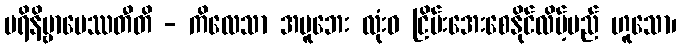
ပရိနိဗ္ဗာပေဿတီတိ - ကိလေသာ အပူဘေး လုံးဝ ငြိမ်းအေးစေနိုင်လိမ့်မည် ဟူသော၊